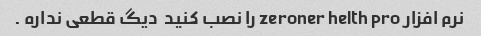
نرم افزار zeroner helth pro را نصب کنید  دیگ قطعی نداره .